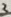
Text: 3